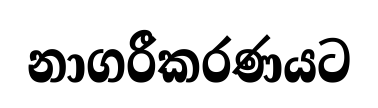
නාගරීකරණයට